Report of the Municipal Commissioner on the plague in Bombay for the year ending 31st May... - Volume 3
Disease focus: Plague
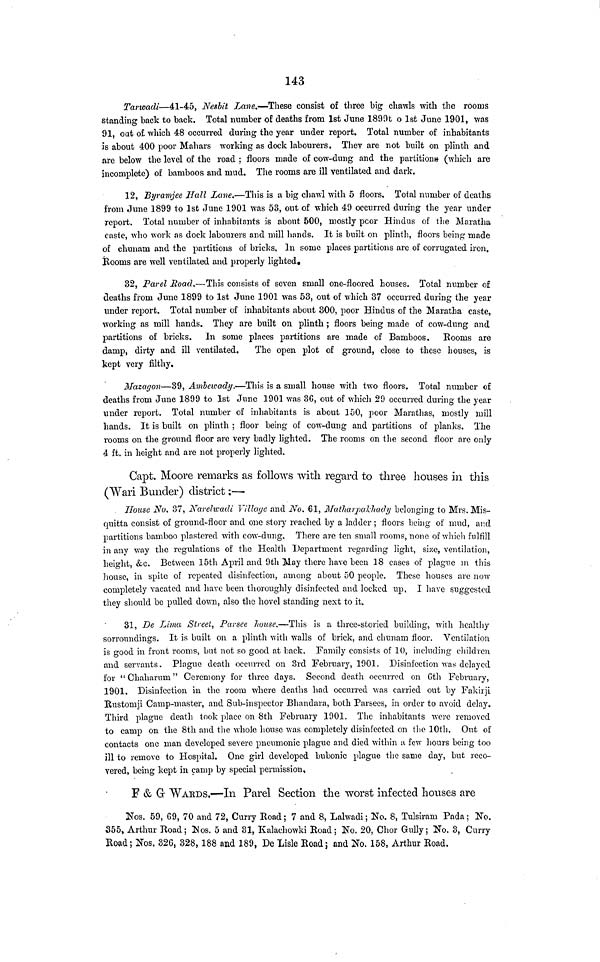
143
Tarwadi—41-45, Nesbit Lane.—These consist of three big chawls with the rooms
standing back to back. Total number of deaths from 1st June 1890t o 1st June 1901, was
91, out of which 48 occurred during the year under report. Total number of inhabitants
is about 400 poor Mahars working as dock labourers. They are not built on plinth and
are below the level of the road ; floors made of cow-dung and the partitions (which are
incomplete) of bamboos and mud. The rooms are ill ventilated and dark.
12, Byramjee Hall Lane.—This is a big chawl with 5 floors. Total number of deaths
from June 1899 to 1st June 1901 was 53, out of which 49 occurred during the year under
report. Total number of inhabitants is about 500, mostly poor Hindus of the Maratha
caste, who work as dock labourers and mill hands. It is built on plinth, floors being made
of chunam and the partitions of bricks. In some places partitions are of corrugated iron.
Booms are well ventilated and properly lighted,
32, Parel Road.—This consists of seven small one-floored houses. Total number of
deaths from June 1899 to 1st June 1901 was 53, out of which 37 occurred during the year
under report. Total number of inhabitants about 300, poor Hindus of the Maratha caste,
working as mill hands. They are built on plinth ; floors being made of cow-dung and
partitions of bricks. In some places partitions are made of Bamboos. Rooms are
damp, dirty and ill ventilated.
The open plot of ground, close to these houses, is
kept very filthy.
Mazagon—39, Ambewady.—This is a small house with two floors. Total number of
deaths from June 1899 to 1st June 1901 was 3G, out of which 29 occurred during the year
under report. Total number of inhabitants is about 150, poor Marathas, mostly mill
hands. It is built on plinth ; floor being of cow-dung and partitions of planks. The
rooms on the ground floor are very badly lighted. The rooms on the second floor are only
4 ft. in height and are not properly lighted.
Capt. Moore remarks as follows with regard to three houses in this
(Wari Bunder) district :—
House No. 37, Narelwadi Village and No. 61, Matharpakhady belonging to Mrs. Mis-
quitta consist of ground-floor and one story reached by a ladder ; floors being of mud, and
partitions bamboo plastered with cow-dung. There are ten small rooms, none of which fulfill
in any way the regulations of the Health Department regarding light, size, ventilation,
height, &c. Between 15th April and 9th May there have been 18 cases of plague in this
house, in spite of repeated disinfection, among about 50 people. These houses are now
completely vacated and have been thoroughly disinfected and locked up, I have suggested
they should be pulled down, also the hovel standing next to it.
31, De Lima Street, Parsee house.—This is a three-storied building, with healthy
surroundings. It is built on a plinth with walls of brick, and chunam floor. Ventilation
is good in front rooms, but not so good at back. Family consists of 10, including children
and servants. Plague death occurred on 3rd February, 1901. Disinfection was delayed
for "Chaharum" Ceremony for three days. Second death occurred on 6th February,
1901. Disinfection in the room where deaths had occurred was carried out by Fakirji
Rustomji Camp-master, and Sub-inspector Bhandara, both Parsees, in order to avoid delay.
Third plague death took place on 8th February 1901. The inhabitants were removed
to camp on the 8th and the whole house was completely disinfected on the 10th. Out of
contacts one man developed severe pneumonic plague and died within u few hours being too
ill to remove to Hospital. One girl developed bubonic plague the same day, but reco-
vered, being kept in camp by special permission,
F & G WARDS.—In Parel Section the worst infected houses are
Nos. 59, G9, 70 and 72, Curry Road ; 7 and 8, Lalwadi ; No. 8, Tulsiram Pada ; No.
355, Arthur Road; Nos. 5 and 31, Kalachowki Road; No. 20, Chor Gully; No. 3, Curry
Road; Nos. 326, 328, 188 and 189, De Lisle Road; and No. 158, Arthur Road.